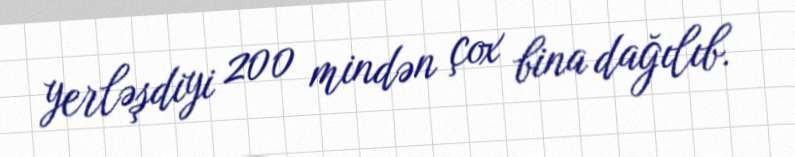
yerləşdiyi 200 mindən çox bina dağılıb.